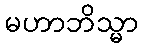
မဟာဘိသ္မာ